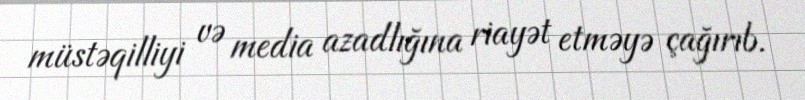
müstəqilliyi və media azadlığına riayət etməyə çağırıb.